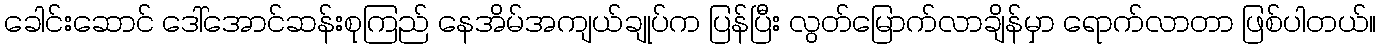
ခေါင်းဆောင် ဒေါ်အောင်ဆန်းစုကြည် နေအိမ်အကျယ်ချုပ်က ပြန်ပြီး လွတ်မြောက်လာချိန်မှာ ရောက်လာတာ ဖြစ်ပါတယ်။